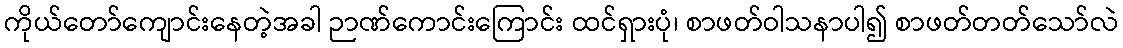
ကိုယ်တော်ကျောင်းနေတဲ့အခါ ဉာဏ်ကောင်းကြောင်း ထင်ရှားပုံ၊ စာဖတ်ဝါသနာပါ၍ စာဖတ်တတ်သော်လဲ